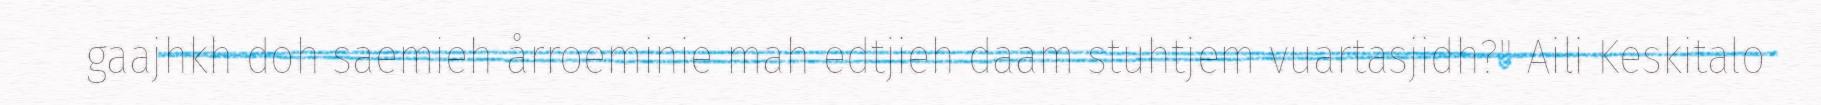
gaajhkh doh saemieh årroeminie mah edtjieh daam stuhtjem vuartasjidh?" Aili Keskitalo